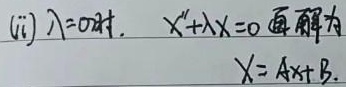
(ii) $\lambda = 0$ 时，$X''+\lambda X = 0$ 通解为
\[X = Ax + B.\]